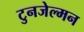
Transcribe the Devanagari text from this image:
टुनजेल्मन